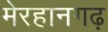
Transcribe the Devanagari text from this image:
मेरहानगढ़